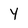
Character: Y